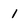
Character: 1